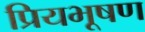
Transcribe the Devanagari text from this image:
प्रियभूषण